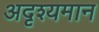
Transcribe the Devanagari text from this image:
अदृश्यमान